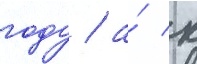
году / а́ к